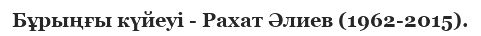
Бұрыңғы күйеуі - Рахат Әлиев (1962-2015).